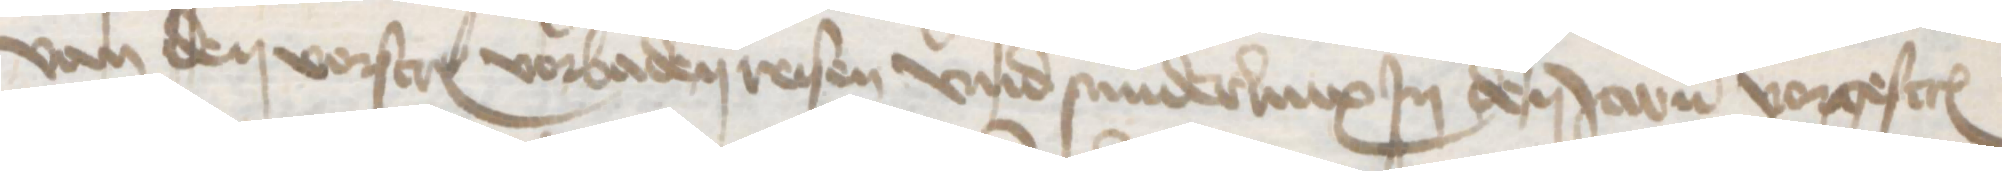
van den vorscreuen vorbaden reisen vnd sunderlinx Jn den Jaren vorgescreuen